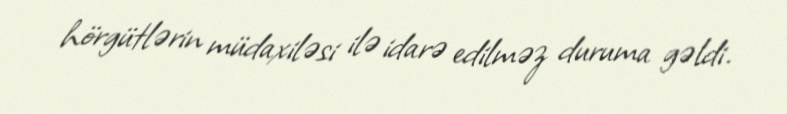
hörgütlərin müdaxiləsi ilə idarə edilməz duruma gəldi.